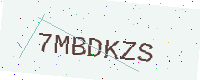
Text: 7MBDKZS